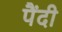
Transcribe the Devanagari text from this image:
पैंदी